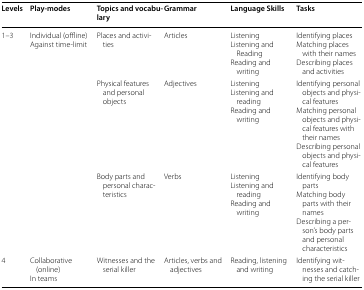
<table><thead><tr><td><b>Levels</b></td><td><b>Play-modes</b></td><td><b>Topics and vocabulary</b></td><td><b>Grammar</b></td><td><b>Language Skills</b></td><td><b>Tasks</b></td></tr></thead><tbody><tr><td rowspan="3">1–3</td><td>Individual (offline)Against time-limit</td><td>Places and activities</td><td>Articles</td><td>ListeningListening and ReadingReading and writing</td><td>Identifying placesMatching places with their namesDescribing places and activities</td></tr><tr><td></td><td>Physical features and personal objects</td><td>Adjectives</td><td>ListeningListening and readingReading and writing</td><td>Identifying personal objects and physical featuresMatching personal objects and physical features with their namesDescribing personal objects and physical features</td></tr><tr><td></td><td>Body parts and personal characteristics</td><td>Verbs</td><td>ListeningListening and readingReading and writing</td><td>Identifying body partsMatching body parts with their namesDescribing a person’s body parts and personal characteristics</td></tr><tr><td>4</td><td>Collaborative (online)In teams</td><td>Witnesses and the serial killer</td><td>Articles, verbs and adjectives</td><td>Reading, listening and writing</td><td>Identifying witnesses and catching the serial killer</td></tr></tbody></table>